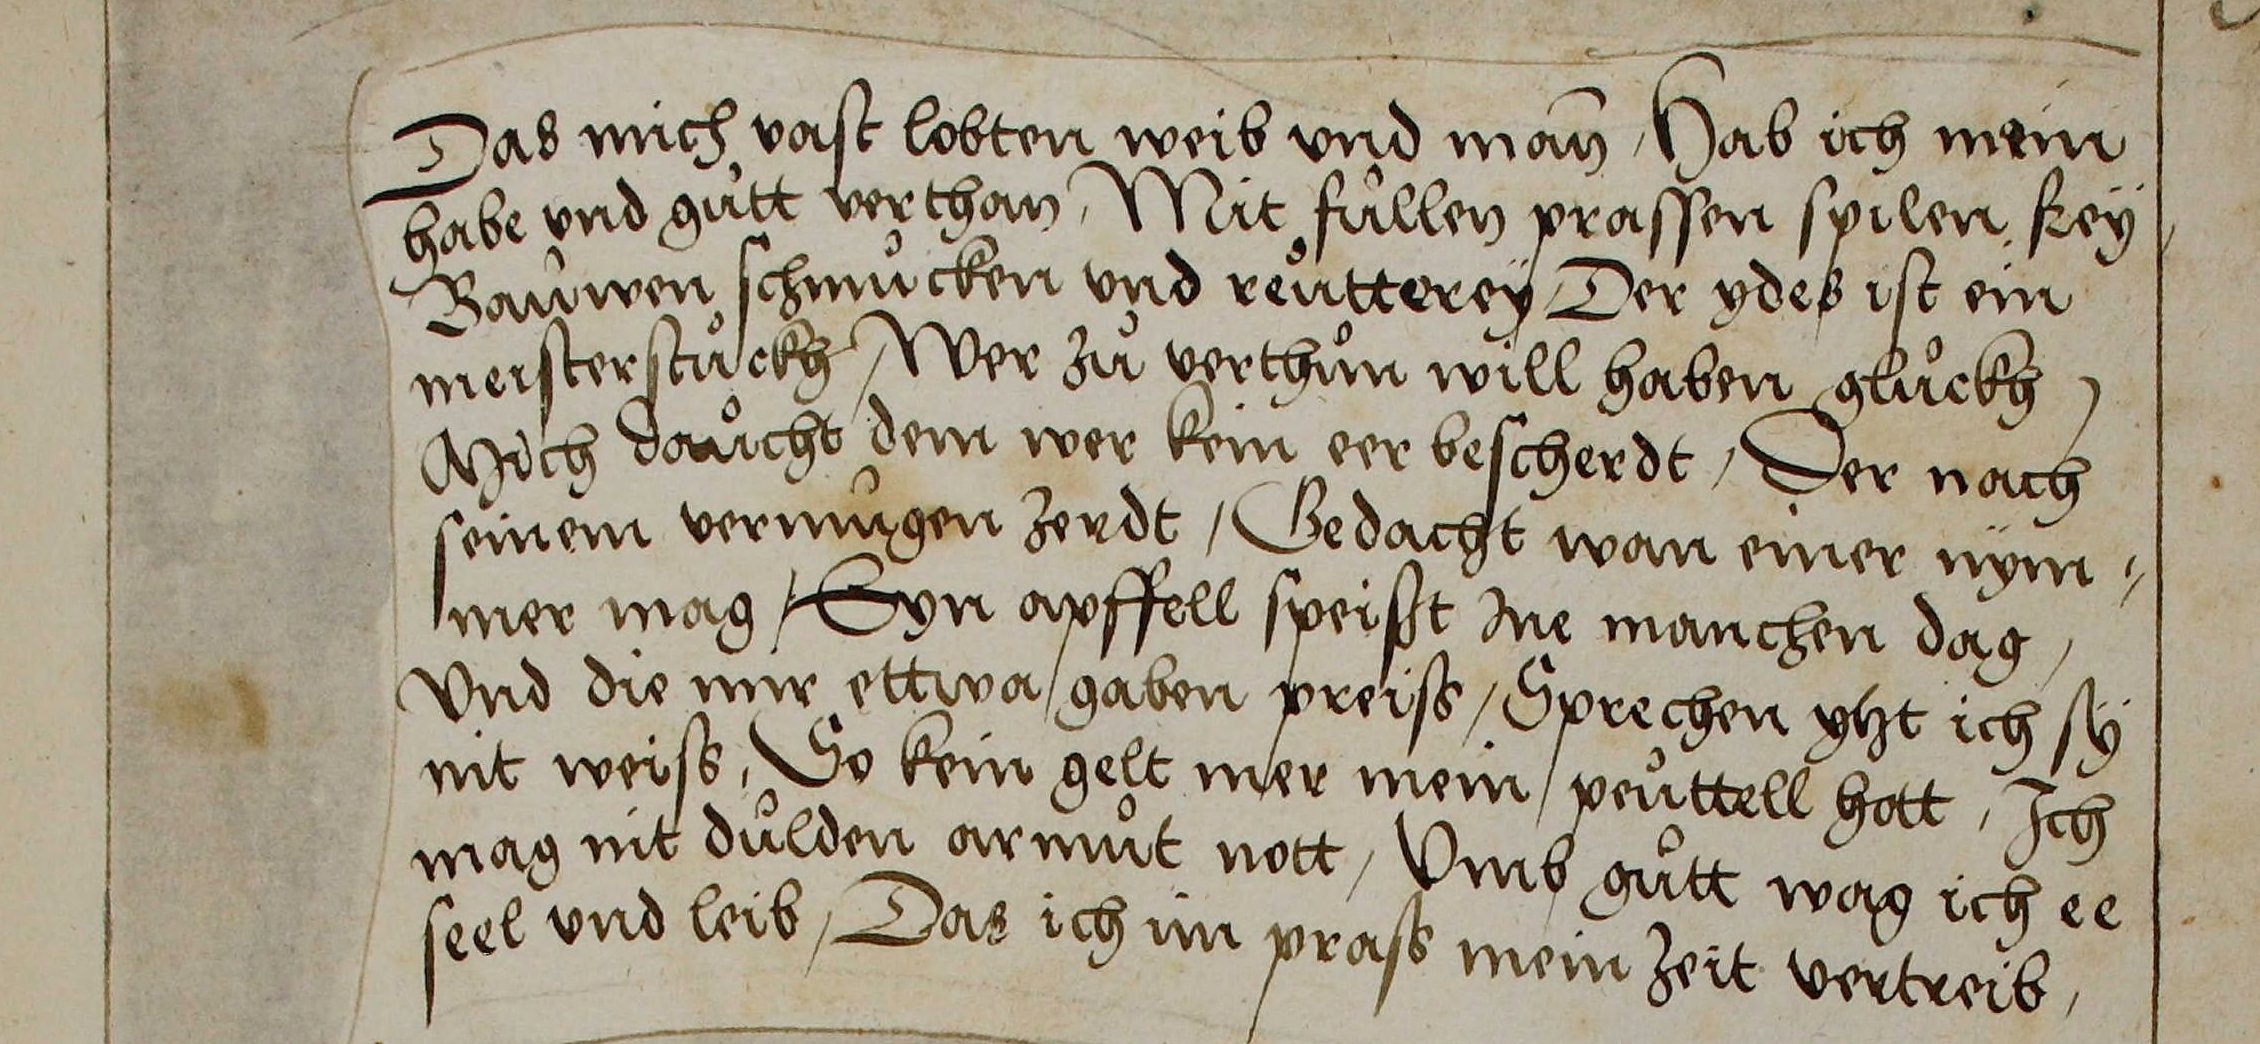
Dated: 1515–1555